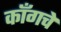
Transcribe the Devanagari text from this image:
काँगचे